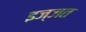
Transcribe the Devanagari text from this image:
इज्‍जत